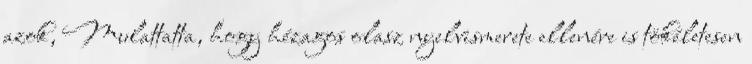
azok, Mulattatta, hogy hézagos olasz nyelvismerete ellenére is tökéletesen